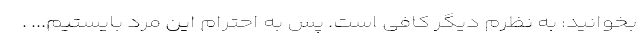
بخوانید: به نظرم دیگر کافی است. پس به احترام این مرد بایستیم... .